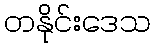
တနိုင်းဒေသ